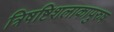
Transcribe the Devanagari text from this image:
त्रिषष्टिशलाकापुरुष